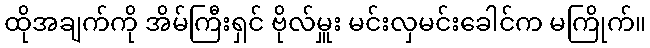
ထိုအချက်ကို အိမ်ကြီးရှင် ဗိုလ်မှူး မင်းလှမင်းခေါင်က မကြိုက်။